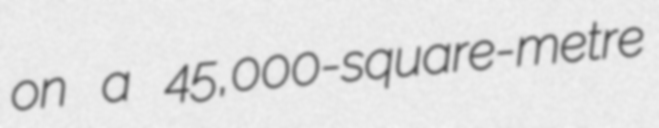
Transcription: on a 45,000-square-metre